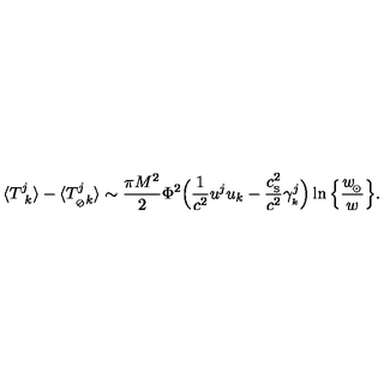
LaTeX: \langle { T _ { \ k } ^ { j } } \rangle - \langle T _ { _ { \oslash } k } ^ { j } \rangle \sim { \frac { \pi M ^ { 2 } } { 2 } } \Phi ^ { 2 } \Big ( { \frac { 1 } { c ^ { 2 } } } u ^ { j } u _ { k } - { \frac { c _ { _ \mathrm { S } } ^ { 2 } } { c ^ { 2 } } } \gamma _ { _ k } ^ { j } \Big ) \ln \Big \{ { \frac { w _ { \! _ { \odot } } } { w } } \Big \} .